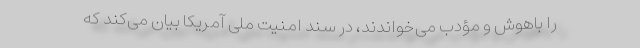
را باهوش و مؤدب می‌خواندند، در سند امنیت ملی آمریکا بیان می‌کند که